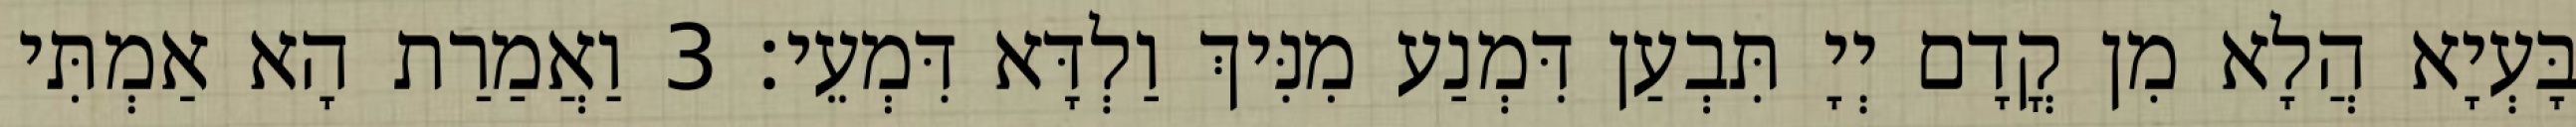
בָּעְיָא הֲלָא מִן קֳדָם יְיָ תִּבְעַן דִּמְנַע מִנִּיךְ וַלְדָּא דִּמְעֵי׃ 3 וַאֲמַרַת הָא אַמְתִּי